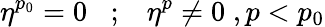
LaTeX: \eta^{p_{0}}=0\; \; \; ;\; \; \; \eta^{p}\neq 0\; ,p<p_{0}